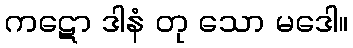
ကဋော ဒါနံ တု သော မဒေါ။